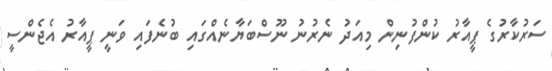
ސަރުކާރުގެ ޕީއާރު ކުންފުނިން މިއަދު ނެރުނު ނޫސްބަޔާނެއްގައި ބުނެފައި ވަނީ ޕީއާރު އެޖެންސީ